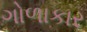
ગોળાકાર